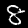
Digit: 8